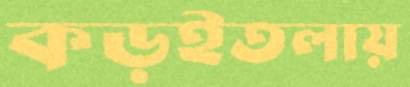
কড়ইতলায়